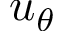
u _ { \theta }